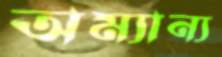
অম্যান্য